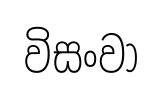
විසංවා